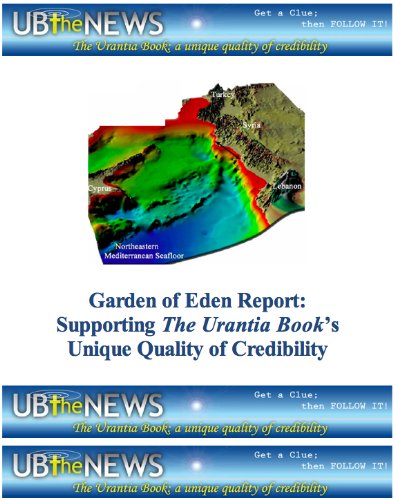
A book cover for Garden of Eden Report: Supporting The Urantia Book's Unique Quality of Credibility; Halbert Katzen; Religion & Spirituality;